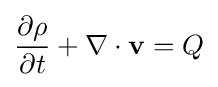
{\frac {\partial \rho }{\partial t}}+\nabla \cdot \mathbf {v} =Q